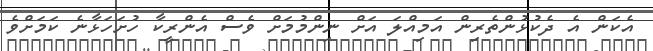
އެކަން އެ ދެކުޅުންތެރިން އަމިއްލަ އަށް ނިންމުމަށް ވެސް އެންރީކާ ހުށަހަޅާނެ ކަމަށްވެ